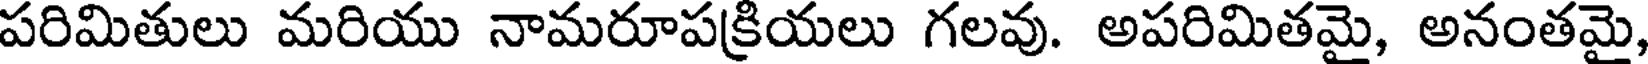
పరిమితులు మరియు నామరూపక్రియలు గలవు. అపరిమితమై, అనంతమై,